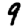
Digit: 9